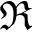
\Re